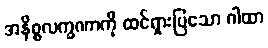
အနိစ္စလက္ခဏာကို ထင်ရှားပြသော ဂါထာ